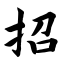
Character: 招